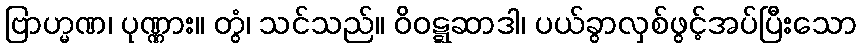
ဗြာဟ္မဏ၊ ပုဏ္ဏား။ တွံ၊ သင်သည်။ ဝိဝဋ္ဋဆာဒါ၊ ပယ်ခွာလှစ်ဖွင့်အပ်ပြီးသော